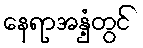
နေရာအနှံ့တွင်